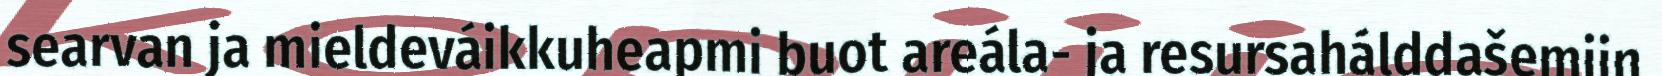
searvan ja mieldeváikkuheapmi buot areála- ja resursahálddašemiin